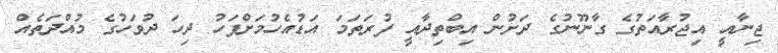
ޖިނާއީ އިޖުރާއަތުގެ ގާނޫނުގެ ދަށުން އިބްތިދާއީ ފުރަތަމަ އަޑުއެހުމަށްފަހު ދިހަ ދުވަހުގެ މުއްދަތެއް